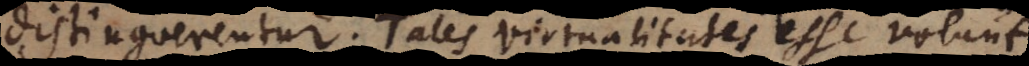
distinguerentur.Tales virtualitates esse volunt